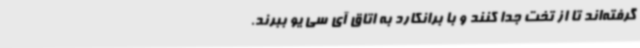
گرفته‌اند تا از تخت جدا کنند و با برانکارد به اتاق آی سی یو ببرند.